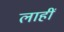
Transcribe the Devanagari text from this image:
लाहीं